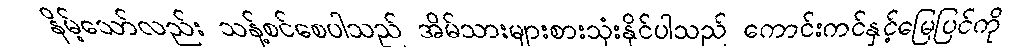
နိမ့်သော်လည်း သန့်စင်စေပါသည် အိမ်သားများစားသုံးနိုင်ပါသည် ကောင်းကင်နှင့်မြေပြင်ကို